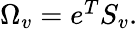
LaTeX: \begin{array}{r}{\Omega_{v}=e^{T}S_{v}.}\end{array}